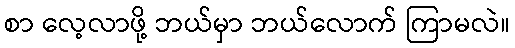
စာ လေ့လာဖို့ ဘယ်မှာ ဘယ်လောက် ကြာမလဲ။